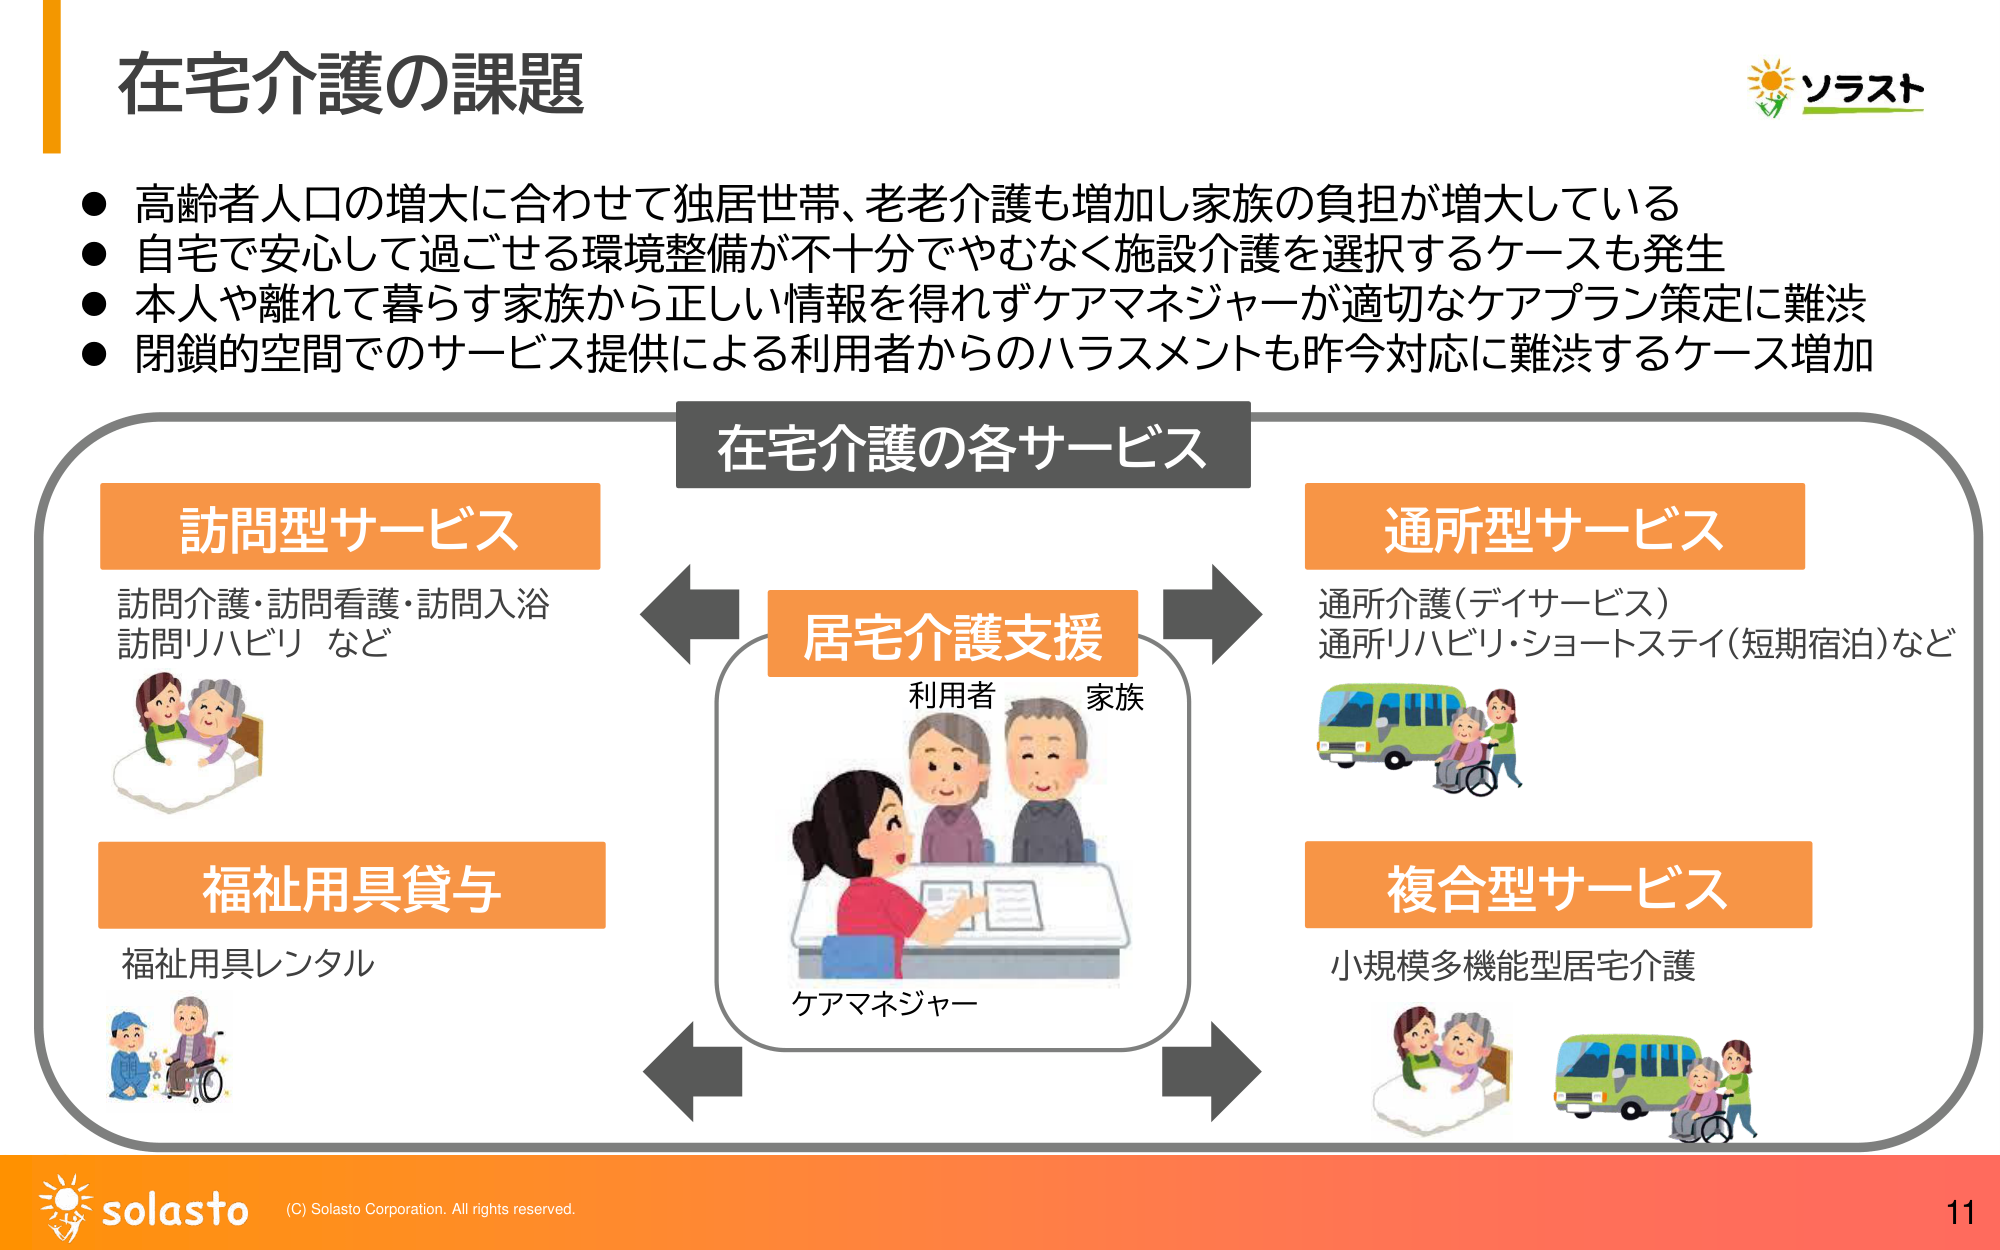
在宅介護の課題

● 高齢者人口の増大に合わせて独居世帯、老老介護も増加し家族の負担が増大している
● 自宅で安心して過ごせる環境整備が不十分でやむなく施設介護を選択するケースも発生
● 本人や離れて暮らす家族から正しい情報を得れずケアマネジャーが適切なケアプラン策定に難渋
● 閉鎖的空間でのサービス提供による利用者からのハラスメントも昨今対応に難渋するケース増加

在宅介護の各サービス

訪問型サービス
訪問介護・訪問看護・訪問入浴
訪問リハビリ など

通所型サービス
通所介護（デイサービス）
通所リハビリ・ショートステイ（短期宿泊）など

福祉用具貸与
福祉用具レンタル

複合型サービス
小規模多機能型居宅介護

居宅介護支援
利用者 家族
ケアマネジャー

ソラスト
solasto
(C) Solasto Corporation. All rights reserved.
11